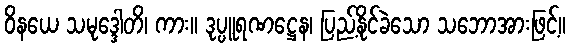
ဝိနယေ သမုဒ္ဒေါတိ၊ ကား။ ဒုပ္ပူရဏဋ္ဌေန၊ ပြည့်နိုင်ခဲသော သဘောအားဖြင့်။